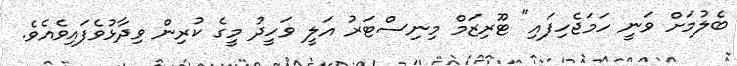
ބެލުމަށް ވަނީ ހަމަޖެހިފައި" ޓޫރިޒަމް މިނިސްޓަރު އަލީ ވަހީދު މީގެ ކުރިން ވިދާޅުވެފައިވެއެވެ.